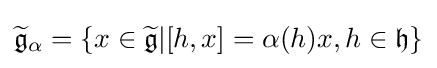
{\widetilde {\mathfrak {g}}}_{\alpha }=\{x\in {\widetilde {\mathfrak {g}}}|[h,x]=\alpha (h)x,h\in {\mathfrak {h}}\}